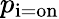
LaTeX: p_{\mathrm{i=on}}